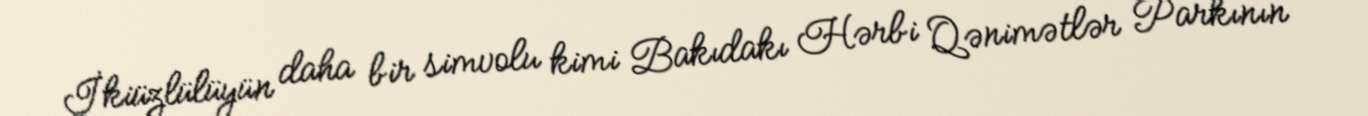
İkiüzlülüyün daha bir simvolu kimi Bakıdakı Hərbi Qənimətlər Parkının